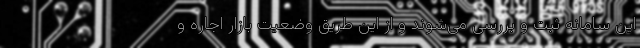
این سامانه ثبت و بررسی می‌شوند و از این طریق وضعیت بازار اجاره و